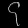
Digit: ၄